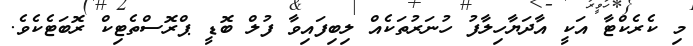
މި ކެރެކްޓާ އަކީ އާދަޔާހިލާފު ހުނަރުތަކެއް ލިބިފައިވާ ފުލް ބޮޑީ ޕްރޮސްތެޓިކް ރޮބަޓެކެވެ.